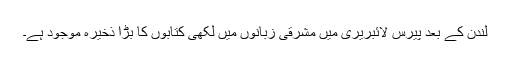
لندن کے بعد پیرس لائبریری میں مشرقی زبانوں میں لکھی کتابوں کا بڑا ذخیرہ موجود ہے۔